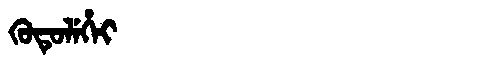
Manchu: ᡴᡠᡨᡠᠯᡝᡥᡝᡳ
Romanization: KUTULEHEI